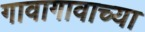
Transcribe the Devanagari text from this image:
गावागावाच्या